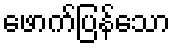
ဖောက်ပြန်သော